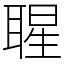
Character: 𦖤